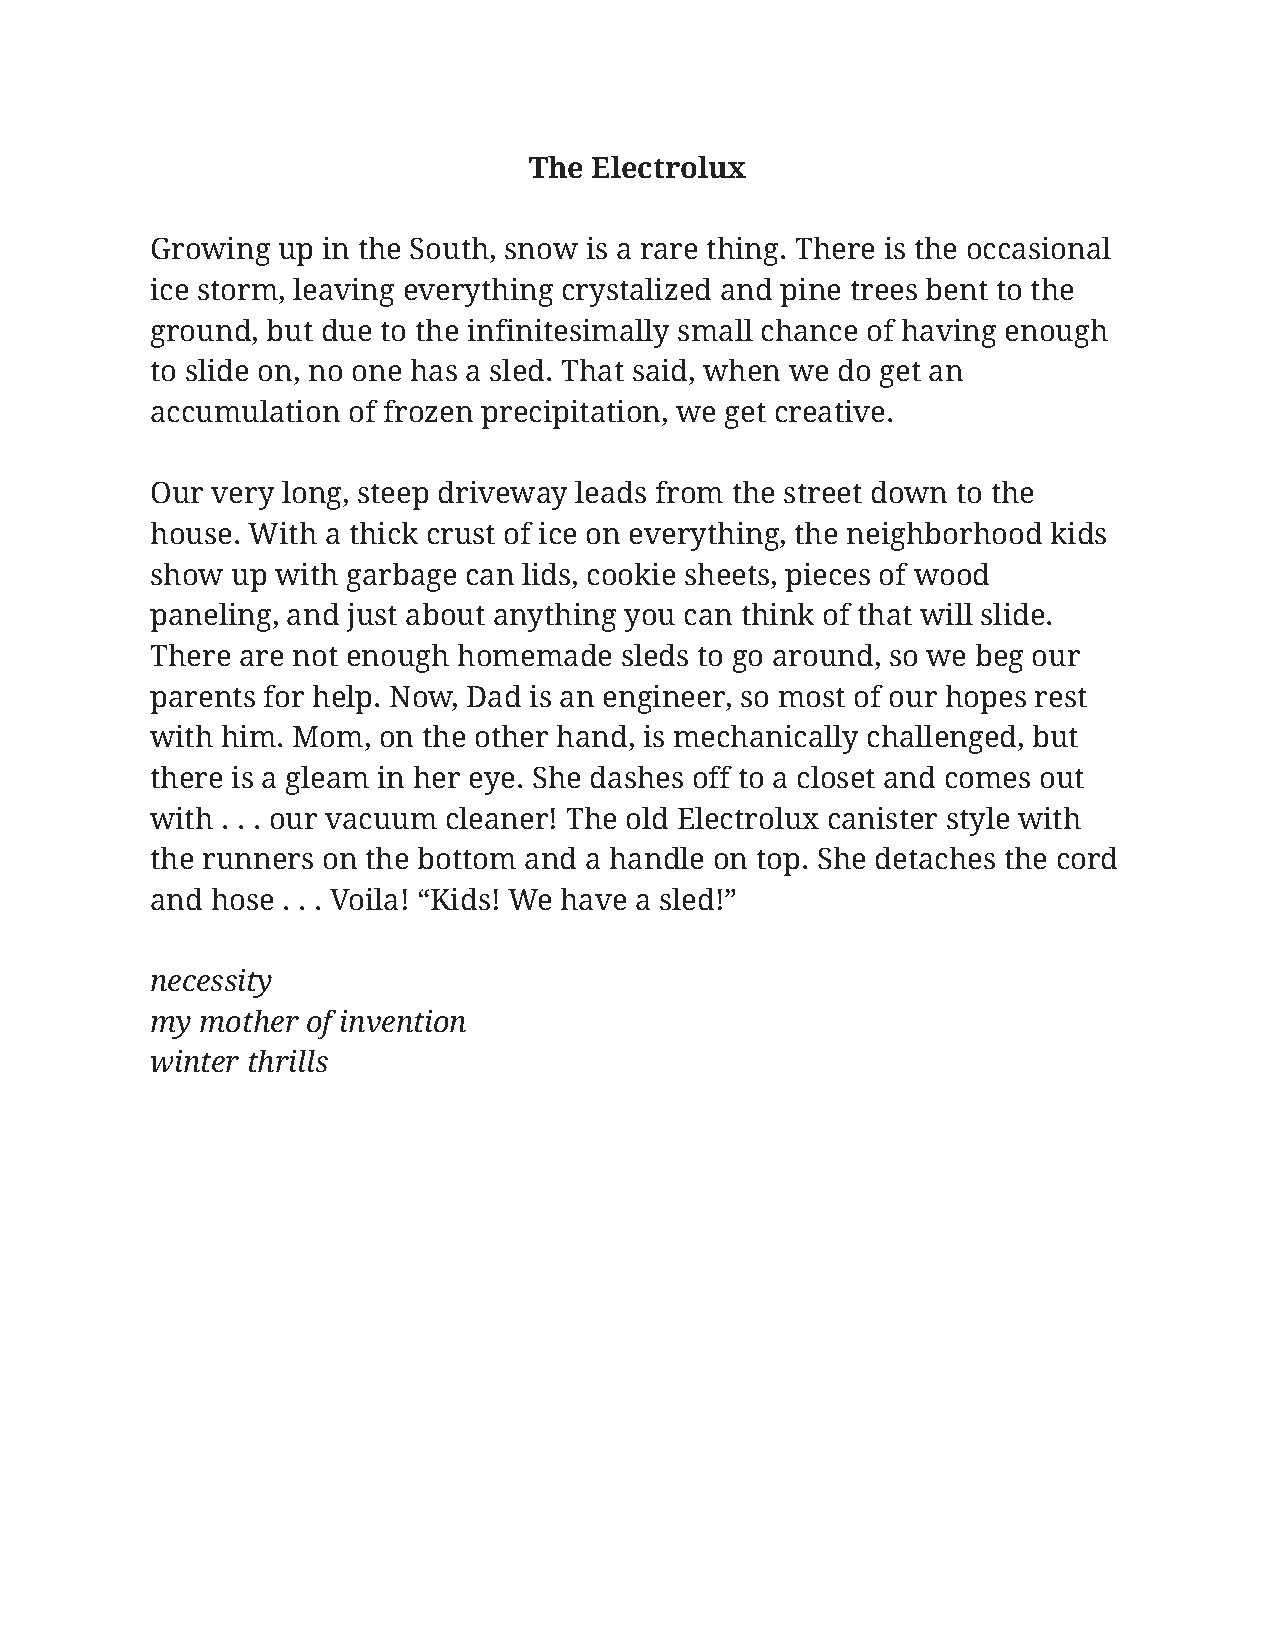
The Electrolux
 Growing up in the South, snow is a rare thing. There is the occasional
 ice storm, leaving everything crystalized and pine trees bent to the
 ground, but due to the infinitesimally small chance of having enough
 to slide on, no one has a sled. That said, when we do get an
 accumulation of frozen precipitation, we get creative.
 Our very long, steep driveway leads from the street down to the
 house. With a thick crust of ice on everything, the neighborhood kids
 show up with garbage can lids, cookie sheets, pieces of wood
 paneling, and just about anything you can think of that will slide.
 There are not enough homemade  sleds to go around, so we beg our
 parents for help. Now, Dad is an engineer, so most of our hopes rest
 with him. Mom, on the other hand, is mechanically challenged, but
 there is a gleam in her eye. She dashes off to a closet and comes out
 with . . . our vacuum cleaner! The old Electrolux canister style with
 the runners on the bottom and a handle on top. She detaches the cord
 and hose . . . Voila! “Kids! We have a sled!”
 necessity
 my mother of invention
 winter thrills